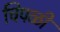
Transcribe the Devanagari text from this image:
चिपळी